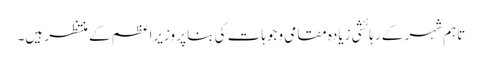
تاہم شہر کے رہائشی زیادہ مقامی وجوہات کی بنا پر وزیراعظم کے منتظر ہیں۔